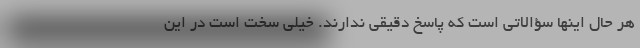
هر حال اینها سؤالاتی است که پاسخ دقیقی ندارند. خیلی سخت است در این